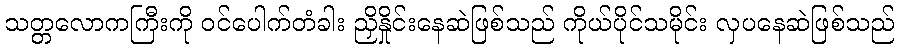
သတ္တလောကကြီးကို ဝင်ပေါက်တံခါး ညှိနှိုင်းနေဆဲဖြစ်သည် ကိုယ်ပိုင်သမိုင်း လှပနေဆဲဖြစ်သည်